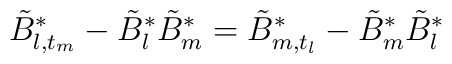
\tilde B^*_{l,t_m} -\tilde B^*_{l}\tilde B_{m}^*=  \tilde B^*_{m,t_l} -\tilde B^*_{m}\tilde B^*_{l}